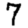
Digit: 7